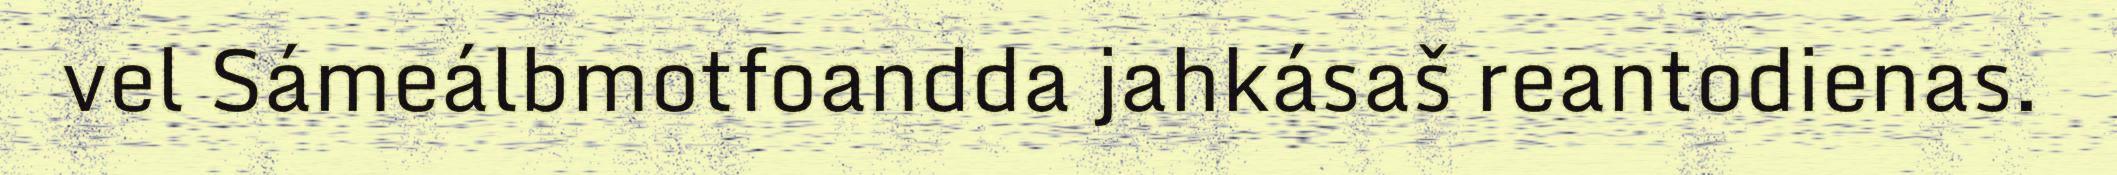
vel Sámeálbmotfoandda jahkásaš reantodienas.